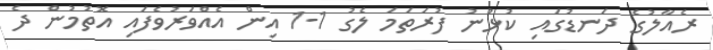
ރެއާލުގެ ދަނޑުގައި ކުޅުނު ފުރަތަމަ ލެގު 1-1 އިން އެއްވަރުވެފައި އޮތުމުން ދެ